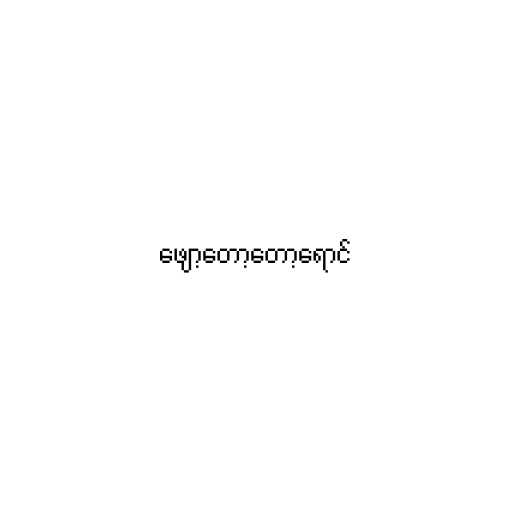
ဖျော့တော့တော့ရောင်